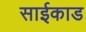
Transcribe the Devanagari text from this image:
साईकाड